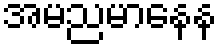
အမညမာနေန